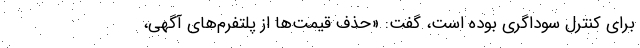
برای کنترل سوداگری بوده است، گفت: «حذف قیمت‌ها از پلتفرم‌های آگهی،